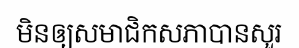
មិនឲ្យសមាជិកសភាបានសួរ